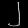
Digit: ၂